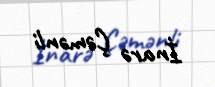
İnarə Çəmənli